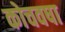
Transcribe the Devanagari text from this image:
कोचवषा